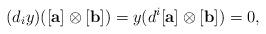
LaTeX: \begin{align*} (d_{i}y)([\mathbf{a}]\otimes [\mathbf{b}])=y(d^i[\mathbf{a}]\otimes [\mathbf{b}])=0, \end{align*}